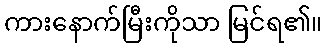
ကားနောက်မြီးကိုသာ မြင်ရ၏။